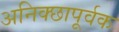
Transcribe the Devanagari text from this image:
अनिक्छापूर्वक